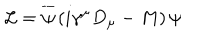
LaTeX: { \cal L } = \overline { { { \psi } } } \left( i \gamma ^ { \mu } D _ { \mu } - M \right) \psi